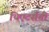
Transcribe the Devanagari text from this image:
थिएटर्सची